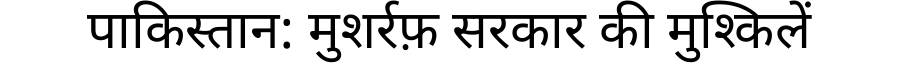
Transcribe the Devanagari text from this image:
पाकिस्तान: मुशर्रफ़ सरकार की मुश्किलें